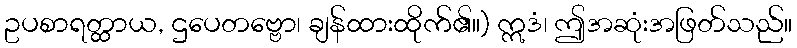
ဥပစာရတ္ထာယ, ဌပေတဗ္ဗော၊ ချန်ထားထိုက်၏။) ဣဒံ၊ ဤအဆုံးအဖြတ်သည်။